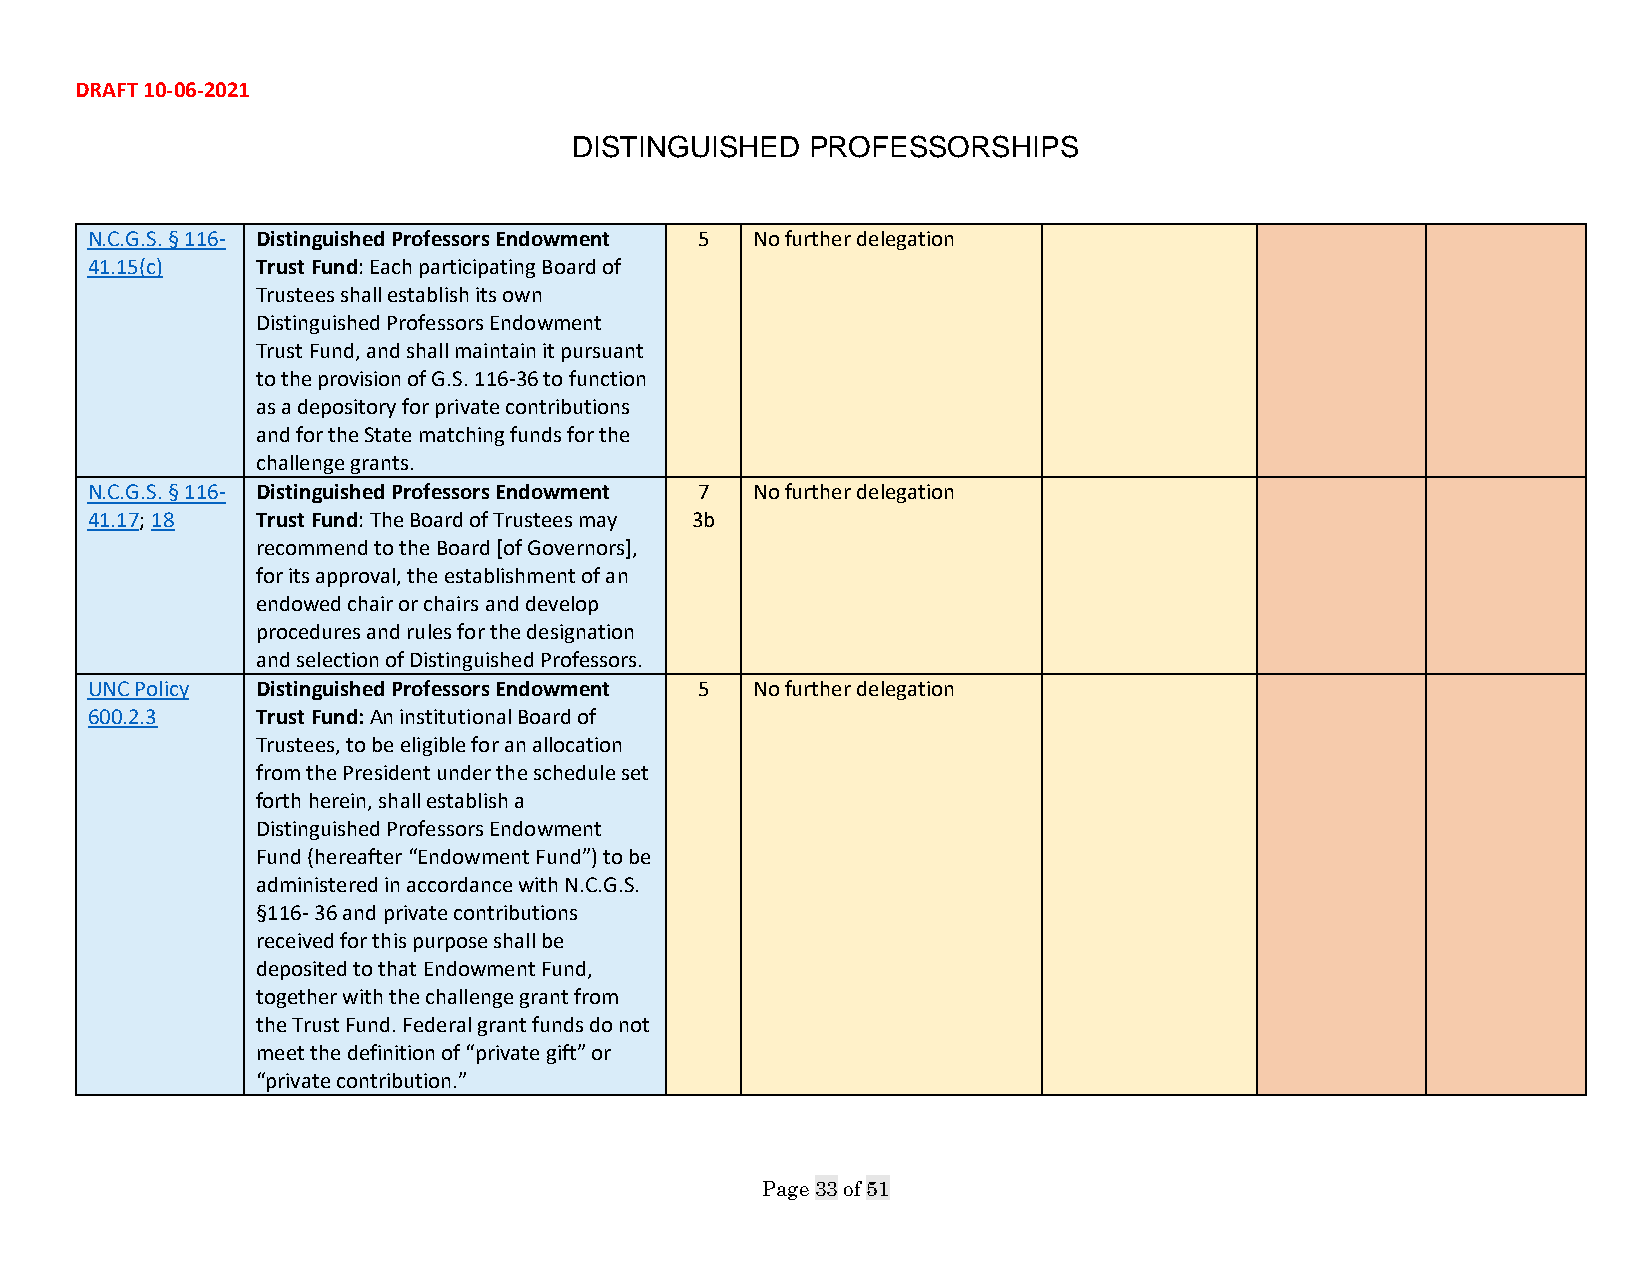
DRAFT 10-06-2021
 DISTINGUISHED   PROFESSORSHIPS
 N.C.G.S. § 116- Distinguished Professors Endowment 5 No further delegation
 41.15(c)   Trust Fund: Each participating Board of
 Trustees shall establish its own
 Distinguished Professors Endowment
 Trust Fund, and shall maintain it pursuant
 to the provision of G.S. 116-36 to function
 as a depository for private contributions
 and for the State matching funds for the
 challenge grants.
 N.C.G.S. § 116- Distinguished Professors Endowment 7 No further delegation
 41.17; 18  Trust Fund: The Board of Trustees may 3b
 recommend to the Board [of Governors],
 for its approval, the establishment of an
 endowed chair or chairs and develop
 procedures and rules for the designation
 and selection of Distinguished Professors.
 UNC Policy Distinguished Professors Endowment 5 No further delegation
 600.2.3    Trust Fund: An institutional Board of
 Trustees, to be eligible for an allocation
 from the President under the schedule set
 forth herein, shall establish a
 Distinguished Professors Endowment
 Fund (hereafter “Endowment Fund”) to be
 administered in accordance with N.C.G.S.
 §116- 36 and private contributions
 received for this purpose shall be
 deposited to that Endowment Fund,
 together with the challenge grant from
 the Trust Fund. Federal grant funds do not
 meet the definition of “private gift” or
 “private contribution.”
 Page 33 of 51